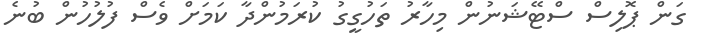
ގަން ޕޮލިސް ސްޓޭޝަނުން މިހާރު ތަހުގީގު ކުރަމުންދާ ކަމަށް ވެސް ފުލުހުން ބުނެ